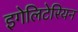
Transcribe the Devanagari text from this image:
इगेलिटेरियन